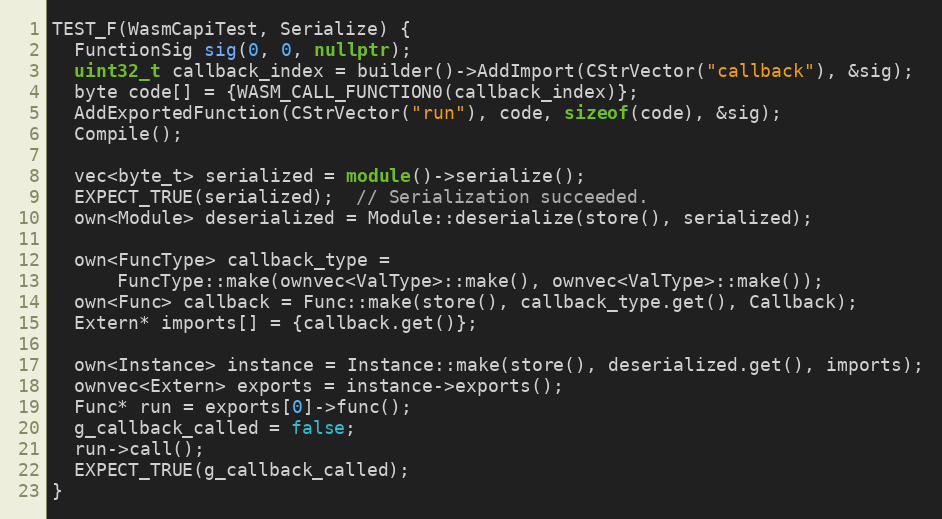
Language: C++
TEST_F(WasmCapiTest, Serialize) {
  FunctionSig sig(0, 0, nullptr);
  uint32_t callback_index = builder()->AddImport(CStrVector("callback"), &sig);
  byte code[] = {WASM_CALL_FUNCTION0(callback_index)};
  AddExportedFunction(CStrVector("run"), code, sizeof(code), &sig);
  Compile();

  vec<byte_t> serialized = module()->serialize();
  EXPECT_TRUE(serialized);  // Serialization succeeded.
  own<Module> deserialized = Module::deserialize(store(), serialized);

  own<FuncType> callback_type =
      FuncType::make(ownvec<ValType>::make(), ownvec<ValType>::make());
  own<Func> callback = Func::make(store(), callback_type.get(), Callback);
  Extern* imports[] = {callback.get()};

  own<Instance> instance = Instance::make(store(), deserialized.get(), imports);
  ownvec<Extern> exports = instance->exports();
  Func* run = exports[0]->func();
  g_callback_called = false;
  run->call();
  EXPECT_TRUE(g_callback_called);
}